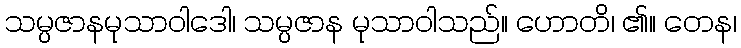
သမ္ပဇာနမုသာဝါဒေါ၊ သမ္ပဇာန မုသာဝါသည်။ ဟောတိ၊ ၏။ တေန၊